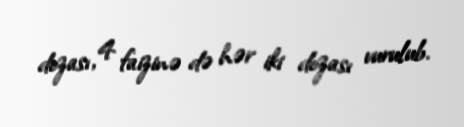
dozası, 4 faizinə də hər iki dozası vurulub.